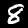
Digit: 8